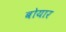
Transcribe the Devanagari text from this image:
बोयार